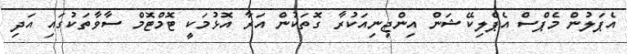
އެޕަލުން މެޕްސް އެޕްލިކޭޝަން އިންޖިނިއަކުރާ ގޮތަކުން އަރާ އޮޅުމަކީ ޓޮމްޓޮމް ސާވާތަކުގައި އަދި